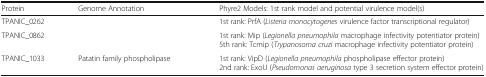
<table><thead><tr><td><b>Protein</b></td><td><b>Genome Annotation</b></td><td><b>Phyre2 Models: 1st rank model and potential virulence model(s)</b></td></tr></thead><tbody><tr><td>TPANIC_0262</td><td>[EMPTY_CELL]</td><td>1st rank: PrfA (<i>Listeria monocytogenes</i> virulence factor transcriptional regulator)</td></tr><tr><td>TPANIC_0862</td><td>[EMPTY_CELL]</td><td>1st rank: Mip (<i>Legionella pneumophila</i> macrophage infectivity potentiator protein)5th rank: Tcmip (<i>Trypanosoma cruzi</i> macrophage infectivity potentiator protein)</td></tr><tr><td>TPANIC_1033</td><td>Patatin family phospholipase</td><td>1st rank: VipD (<i>Legionella pneumophila</i> phospholipase effector protein)2nd rank: ExoU (<i>Pseudomonas aeruginosa</i> type 3 secretion system effector protein)</td></tr></tbody></table>